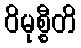
ဝိမုစ္စီတိ